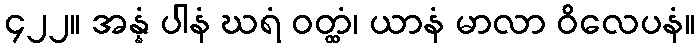
၄၂၂။ အန္နံ ပါနံ ဃရံ ဝတ္ထံ၊ ယာနံ မာလာ ဝိလေပနံ။